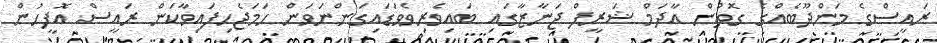
ރައީސްގެ މަންދޫބެއްގެ ގޮތުން އާދަމް ޝަރީފް ޖަނާޒާގައި ބައިވެރިވެވަޑައިގަންނަވަން ހަމަޖެހިފައިވާކަން ރައީސް އޮފީހުން